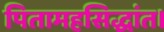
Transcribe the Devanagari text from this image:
पितामहसिद्धांत।